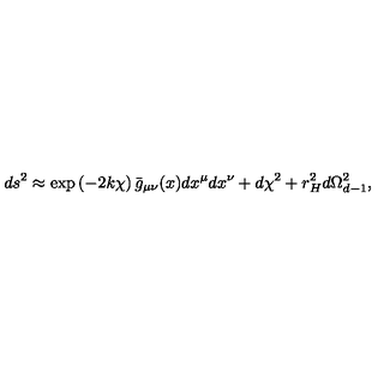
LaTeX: d s ^ { 2 } \approx \exp \left( - 2 k \chi \right) \bar { g } _ { \mu \nu } ( x ) d x ^ { \mu } d x ^ { \nu } + d \chi ^ { 2 } + r _ { H } ^ { 2 } d \Omega _ { d - 1 } ^ { 2 } ,